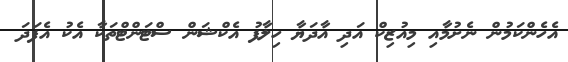
އެހެންކަމުން ނެށުމާއި މިއުޒިކް އަދި އާދަޔާ ހިލާފު އެކްޝަން ސްޓަންޓްތަކާ އެކު އެފަދަ